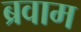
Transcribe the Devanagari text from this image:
ब्रवाम